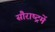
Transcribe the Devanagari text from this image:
सौराष्‍ट्रमें